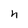
Character: h